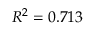
R ^ { 2 } = 0 . 7 1 3